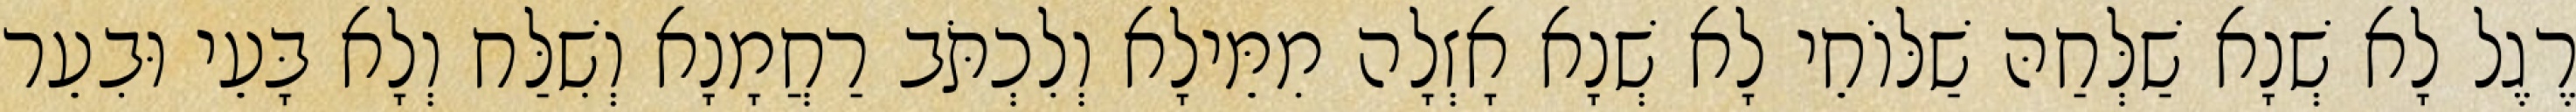
רֶגֶל לָא שְׁנָא שַׁלְּחַהּ שַׁלּוֹחֵי לָא שְׁנָא אָזְלָה מִמֵּילָא וְלִכְתֹּב רַחֲמָנָא וְשִׁלַּח וְלָא בָּעֵי וּבִעֵר